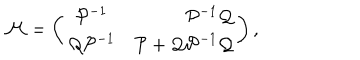
LaTeX: { \cal M } = \left( \begin{array} { c r c } { { { \cal P } ^ { - 1 } } } & { { { \cal P } ^ { - 1 } { \cal Q } } } \\ { { { \cal Q } { \cal P } ^ { - 1 } } } & { { { \cal P } + { \cal Q } { \cal P } ^ { - 1 } { \cal Q } } } \\ \end{array} \right) ,